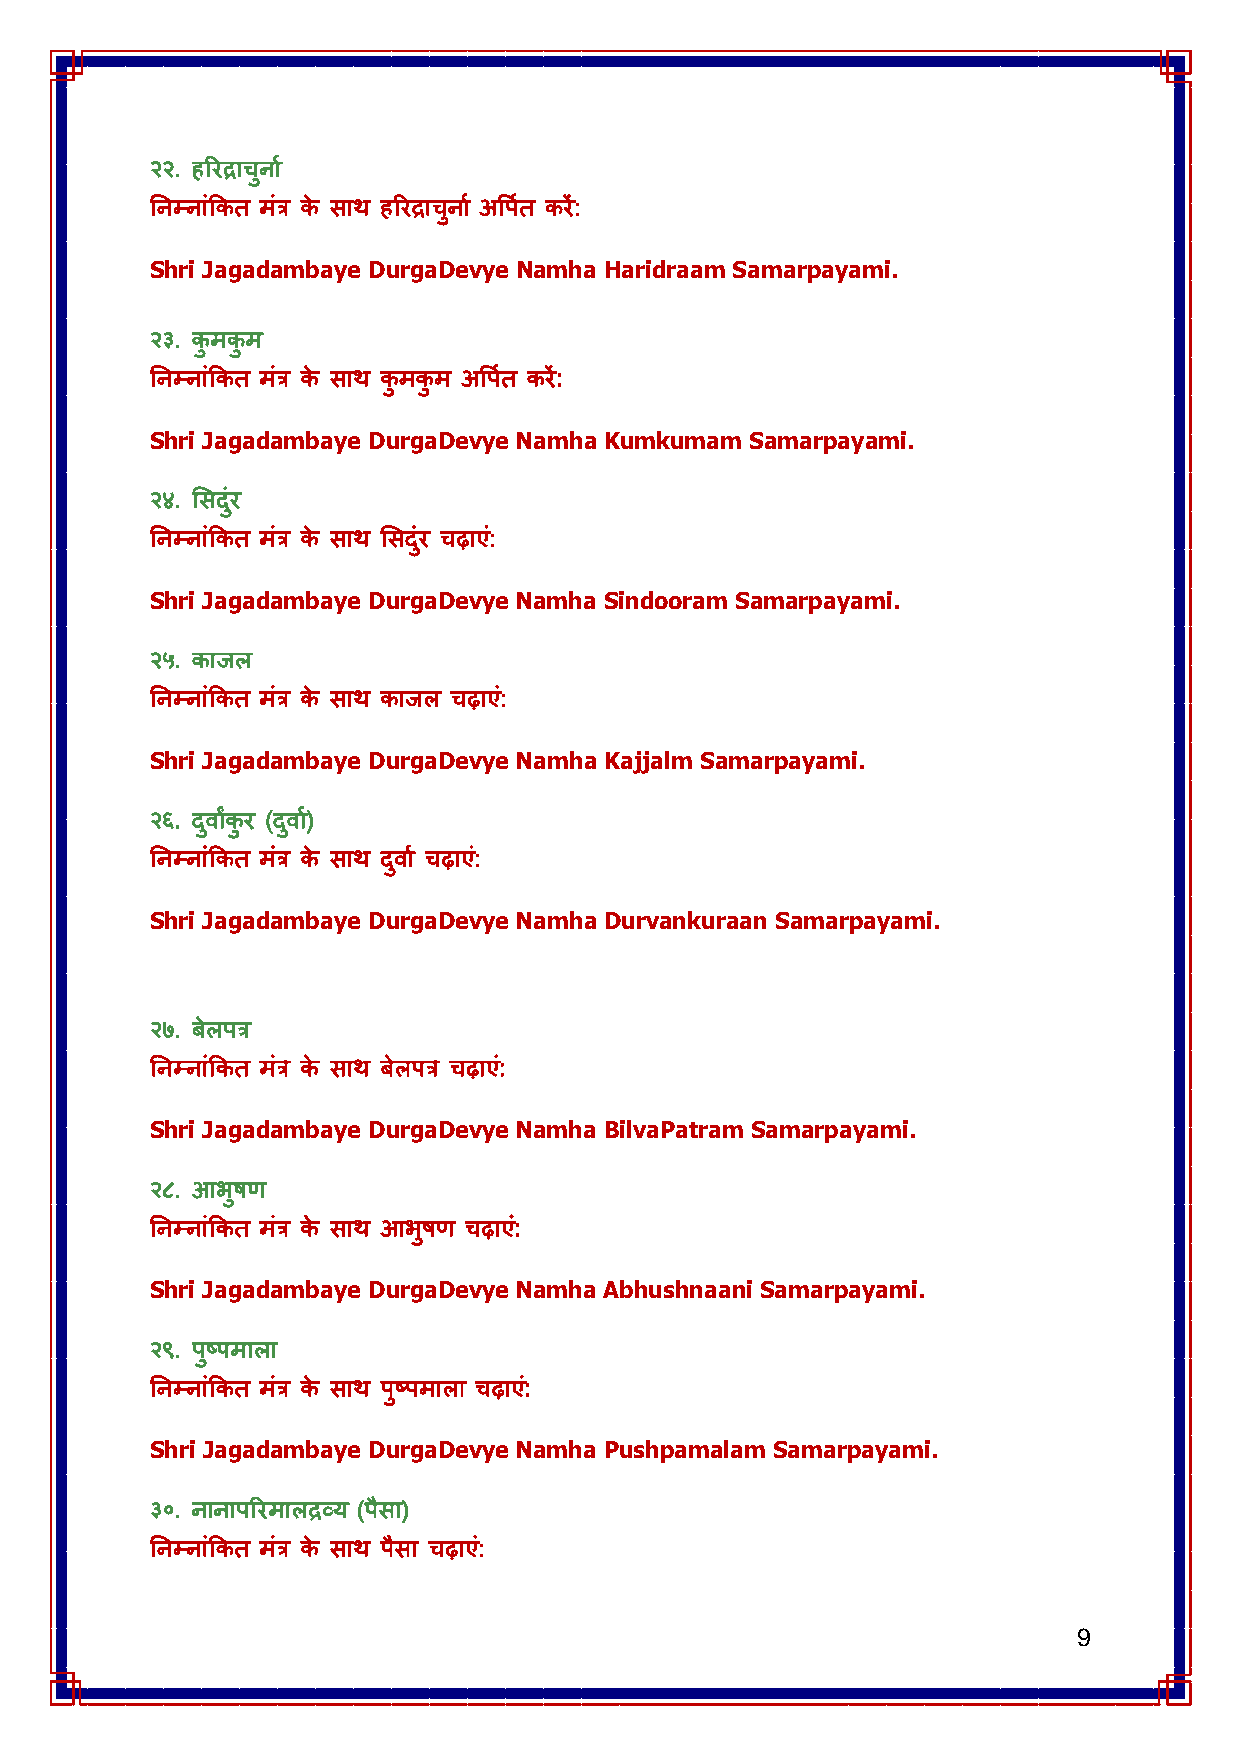
२२. हरयद्राचुना ा
 तनम्नांककत भंि के साथ हरयद्राचुना ा अवऩता कयें:
 Shri Jagadambaye DurgaDevye Namha Haridraam Samarpayami.
 २३. कुभकुभ
 तनम्नांककत भंि के साथ कुभकुभ अवऩता कयें:
 Shri Jagadambaye DurgaDevye Namha Kumkumam Samarpayami.
 २४. लसदंयु
 तनम्नांककत भंि के साथ लसदंयु चढ़ाए:ं
 Shri Jagadambaye DurgaDevye Namha Sindooram Samarpayami.
 २५. काजर
 तनम्नांककत भंि के साथ काजर चढ़ाए:ं
 Shri Jagadambaye DurgaDevye Namha Kajjalm Samarpayami.
 २६. दवु ाांकुय (दवु ा)ा
 तनम्नांककत भंि के साथ दवु ा ा चढ़ाए:ं
 Shri Jagadambaye DurgaDevye Namha Durvankuraan Samarpayami.
 २७. फेरऩि
 तनम्नांककत भंि के साथ फेरऩि चढ़ाए:ं
 Shri Jagadambaye DurgaDevye Namha BilvaPatram Samarpayami.
 २८. आबुषण
 तनम्नांककत भंि के साथ आबुषण चढ़ाए:ं
 Shri Jagadambaye DurgaDevye Namha Abhushnaani Samarpayami.
 २९. ऩुष्ऩभारा
 तनम्नांककत भंि के साथ ऩुष्ऩभारा चढ़ाए:ं
 Shri Jagadambaye DurgaDevye Namha Pushpamalam Samarpayami.
 ३०. नानाऩरयभारद्रव्म (ऩैसा)
 तनम्नांककत भंि के साथ ऩैसा चढ़ाए:ं
 9